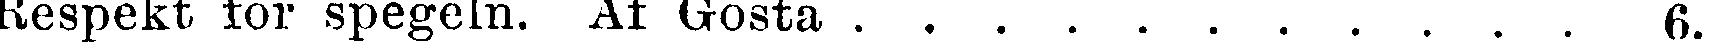
Respekt för spegeln. Af Gösta . . . . . . . . . . . 6.